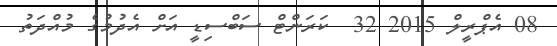
08 އެޕްރީލް 2015 32  ކަރަންޓް ސަބްސިޑީ އަށް އެދުމުގެ މުއްދަތު